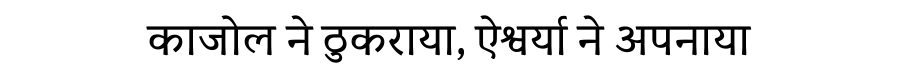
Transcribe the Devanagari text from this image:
काजोल ने ठुकराया, ऐश्वर्या ने अपनाया